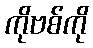
ကိုဗစ်ကို